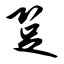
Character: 跫